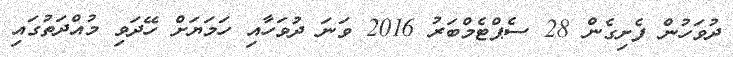
ދުވަހުން ފެށިގެން 28 ސެޕްޓެމްބަރު 2016 ވަނަ ދުވަހާއި ހަމަޔަށް ހޭދަވި މުއްދަތުގައި